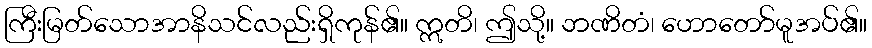
ကြီးမြတ်သောအာနိသင်လည်းရှိကုန်၏။ ဣတိ၊ ဤသို့။ ဘဏိတံ၊ ဟောတော်မူအပ်၏။